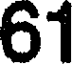
61